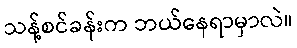
သန့်စင်ခန်းက ဘယ်နေရာမှာလဲ။